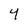
Character: 4